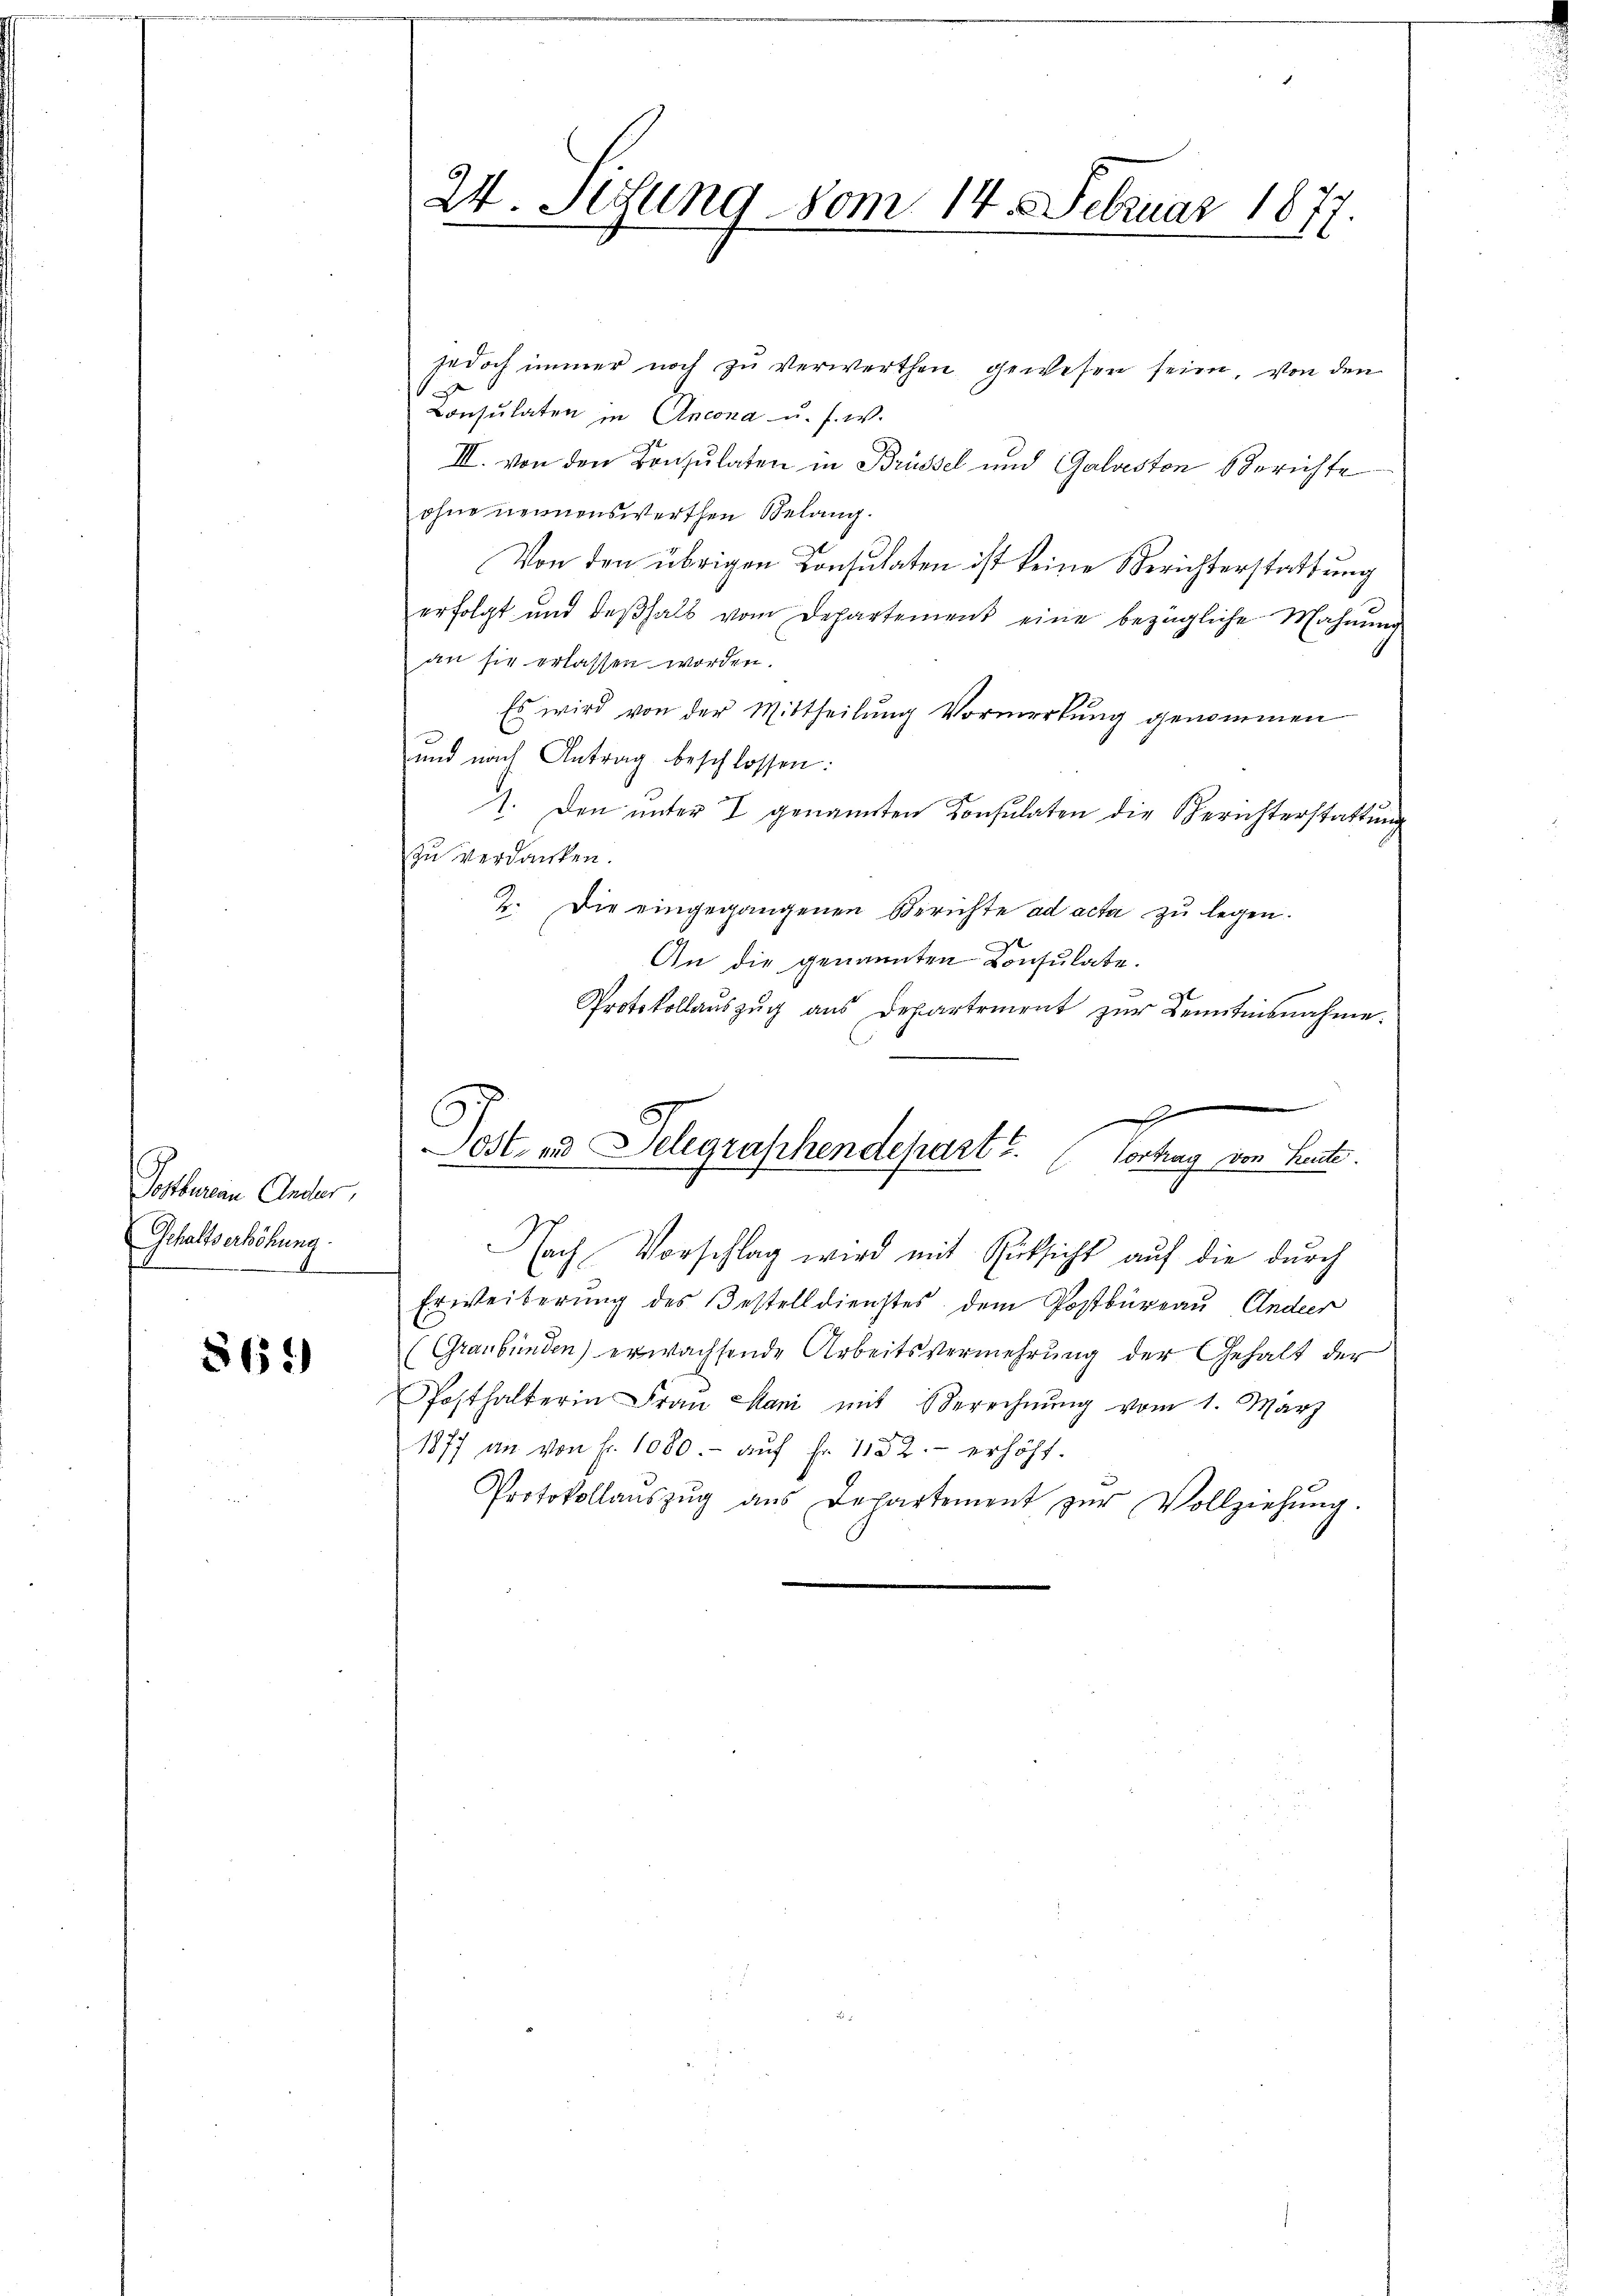
Postbureau Ander,
Schaltserhöhung

864

24. Sedung vom 14. 5. Februar 1877.

jedoch immer noch zu verwerthen gewesen sein, von den
Consulaten in Ancona u. s. w.
III. von den Konsulaten in Brüssel und Galveston Berichte
ohne nennenswerthen Belang.
Von den übrigen Consulaten ist keine Berichterstattung
erfolgt und deβhalb vom Departement eine bezügliche Mahnŭng
an sie erlassen worden.
Es wird von der Mittheilung Vormerkung genommen
und nach Antrag beschlossen:
1. Den unter I genannten Konsulaten die Berichterstattung
zu verdanken.
2. Die eingegangenen Berichte ad acta zu legen.
An die genannten Consulate.
Protokollauszug aus Departement zur Kenntnisnahme.

5
Tost- und Selegraphendepart u. Vortrag von Leute.
Nach Vorschlag wird mit Rücksicht auf die durch
Erweiterung des Gestelldienstes dem Postbüreau Ander
(Graubünden) erwachsende Arbeitsvermehrung der Gehalt der
Posthalterin Frau Mani mit Berechnŭng vom 1. März
1877 an von fr. 1080.- aŭf fr. 1152. erhöht.
Protokollaŭszŭg aŭs Departement zŭr Vollziehŭng.